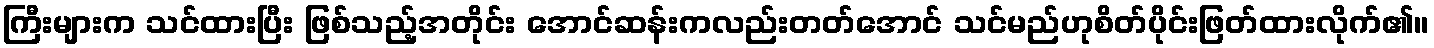
ကြီးများက သင်ထားပြီး ဖြစ်သည့်အတိုင်း အောင်ဆန်းကလည်းတတ်အောင် သင်မည်ဟုစိတ်ပိုင်းဖြတ်ထားလိုက်၏။